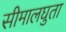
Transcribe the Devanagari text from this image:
सीमालघुता